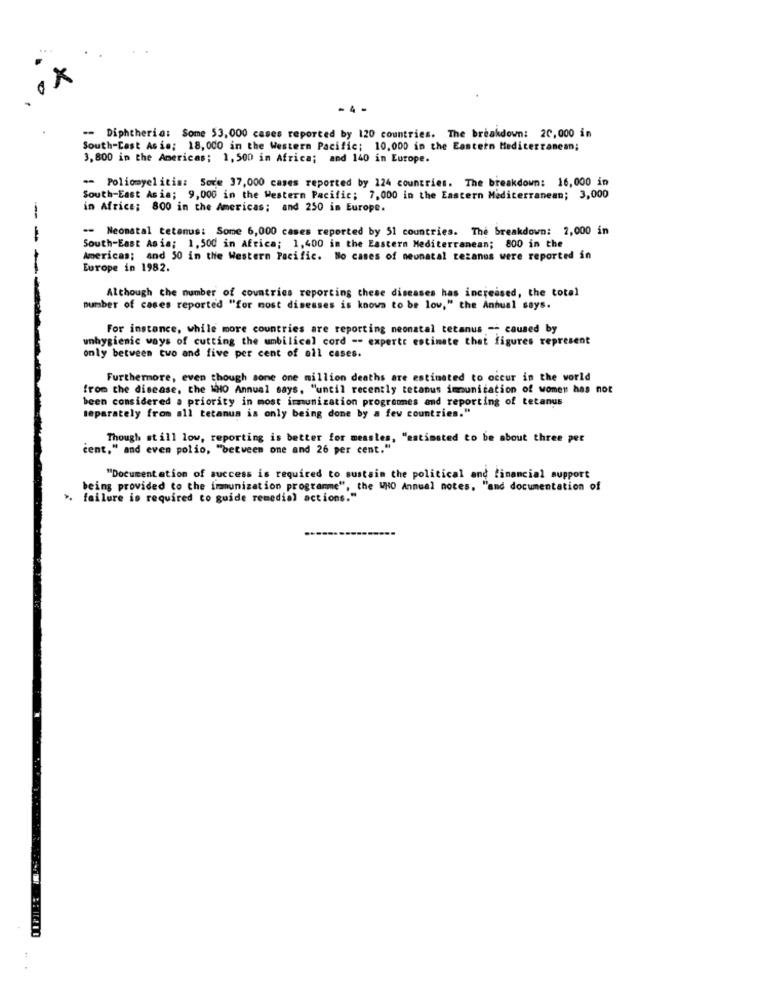
- 4 -
-- Diphtheria: Some 53,000 cases reported by 120 countries. The breakdown: 20,000 in
South-East Asia: 18,000 in the Western Pacific; 10,000 in the Eastern Mediterranean;
3,800 in the Americas; 1,500 in Africa; and 140 in Europe.
-- Poliomyelitis: Sove 37,000 cases reported by 124 countries. The breakdown: 16,000 in
South-East Asia; 9,000 in the Western Pacific; 7,000 in the Eastern Mediterranean; 3,000
in Africe; 800 in the Americas; and 250 in Europe.
---
-- Neonatal tetanus: Some 6,000 cases reported by 51 countries. The breakdown: 2,000 in
-
South-East Asia; 1,500 in Africa; 1,400 in the Eastern Mediterranean; 800 in the
Americas; and 50 in the Western Pacific. No cases of neonatal cezanes were reported in
Europe in 1982.
Although the number of countries reporting these diseases has increased, the total
number of cases reported "for most diseases is knows to be low," the Annual says.
For instance, while more countries are reporting neonatal tetanus -- caused by
unhygienic ways of cutting the umbilical cord -- experte estimate that figures represent
only between two and five per cent of all cases.
Furthermore, even though sone one million deaths are estimated to occur in the world
from the disease, the WHO Annual says, "until recently tetanus immunication of women has not
been considered a priority in most immunization programmes and reporting of tetanus
separately from all tetanus is only being done by a few countries."
Though st ill low, reporting is better for measles, "estimated to be about three per
cent," and even polio, "between one and 26 per cent."
"Documentation of success is required to sustain the political and financial support
being provided to the immunization programme", the WHO Annual notes, "and documentation of
failure is required to guide remedial actions."